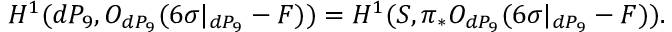
H ^ { 1 } ( d P _ { 9 } , { \cal O } _ { d P _ { 9 } } ( 6 \sigma | _ { d P _ { 9 } } - F ) ) = H ^ { 1 } ( { \cal S } , \pi _ { * } { \cal O } _ { d P _ { 9 } } ( 6 \sigma | _ { d P _ { 9 } } - F ) ) .